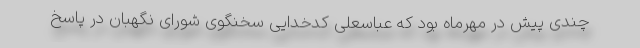
چندی پیش در مهرماه بود که عباسعلی کدخدایی سخنگوی شورای نگهبان در پاسخ